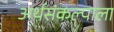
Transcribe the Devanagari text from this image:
अर्थसंकल्पाला